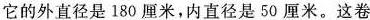
它的外直径是180厘米，内直径是50厘米。这卷